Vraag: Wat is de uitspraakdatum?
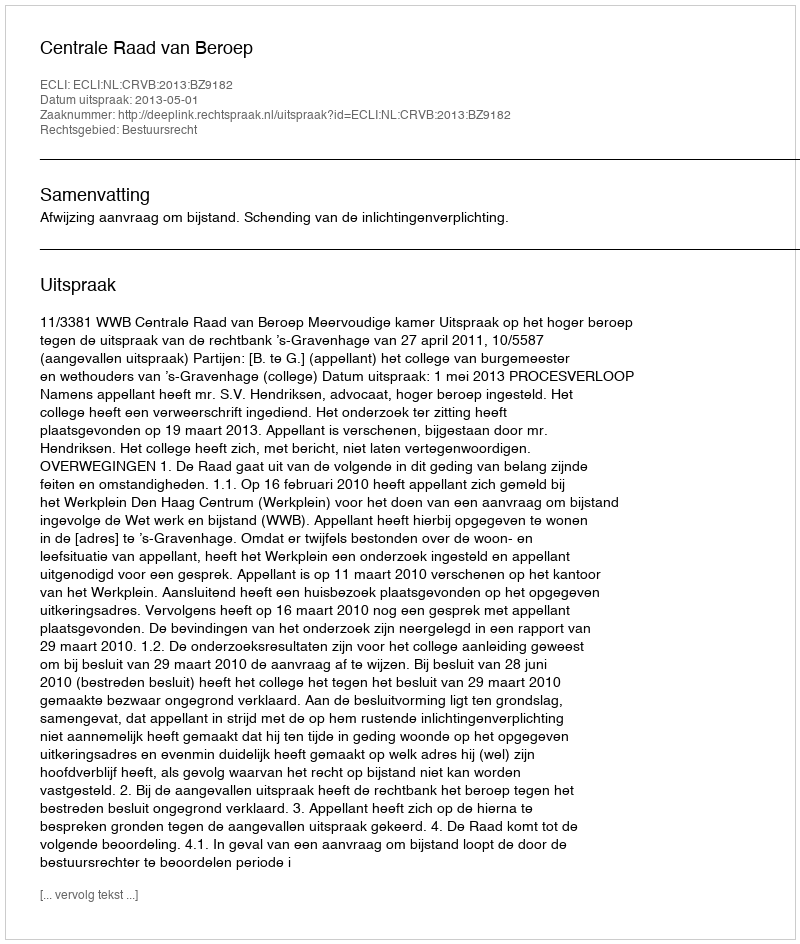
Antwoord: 2013-05-01